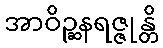
အာဝိဉ္ဆနရဇ္ဇုန္တိ